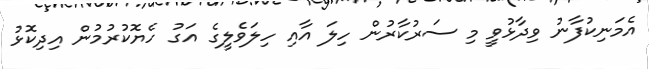
އެމަނިކުފާނު ވިދާޅުވީ މި ސަރުކާރުން ހިލަ އާއި ހިލަވެލީގެ އަގު ހެޔޮކުރުމުން އިދިކޮޅު